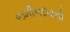
જમીનદારનો